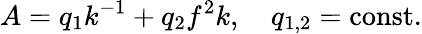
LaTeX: A=q_{1}k^{-1}+q_{2}f^{2}k,\ \ \ \ q_{1,2}=\mathrm{const}.